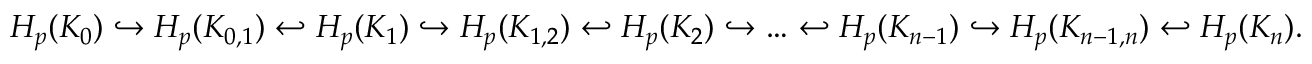
H _ { p } ( K _ { 0 } ) \hookrightarrow H _ { p } ( K _ { 0 , 1 } ) \hookleftarrow H _ { p } ( K _ { 1 } ) \hookrightarrow H _ { p } ( K _ { 1 , 2 } ) \hookleftarrow H _ { p } ( K _ { 2 } ) \hookrightarrow \ldots \hookleftarrow H _ { p } ( K _ { { n - 1 } } ) \hookrightarrow H _ { p } ( K _ { { n - 1 } , { n } } ) \hookleftarrow H _ { p } ( K _ { n } ) .